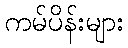
ကမ်ပိန်းများ